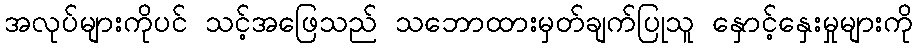
အလုပ်များကိုပင် သင့်အဖြေသည် သဘောထားမှတ်ချက်ပြုသူ နှောင့်နှေးမှုများကို